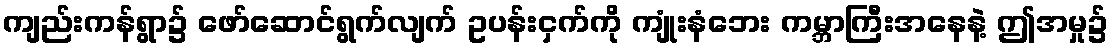
ကျည်းကန်ရွာ၌ ဖော်ဆောင်ရွက်လျက် ဥပန်းငှက်ကို ကျုံးနံဘေး ကမ္ဘာကြီးအနေနဲ့ ဤအမှု၌